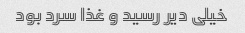
خیلی دیر رسید و غذا سرد بود